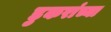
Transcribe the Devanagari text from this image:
डुकरांच्या